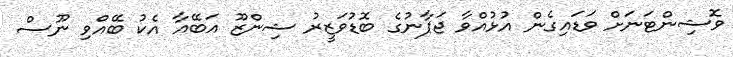
ވޮޝިންޓަނަށް ވަޑައިގެން އުޅުއްވާ ޖަޕާނުގެ ބޮޑުވަޒީރު ޝިންޒޫ އަބޭއާ އެކު ބޭއްވި ނޫސް